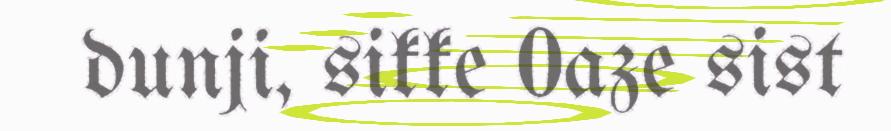
dunji, sikke 0aze sist